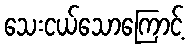
သေးငယ်သောကြောင့်